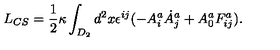
L _ { C S } = \frac { 1 } { 2 } \kappa \int _ { D _ { 2 } } d ^ { 2 } x \epsilon ^ { i j } ( - A _ { i } ^ { a } \dot { A } _ { j } ^ { a } + A _ { 0 } ^ { a } F _ { i j } ^ { a } ) .